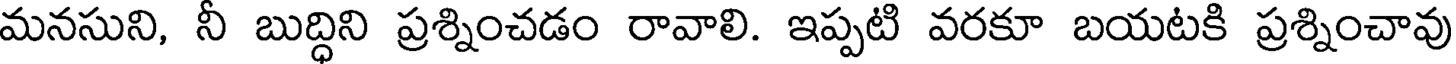
మనసుని, నీ బుద్ధిని ప్రశ్నించడం రావాలి. ఇప్పటి వరకూ బయటకి ప్రశ్నించావు